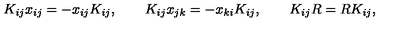
K _ { i j } x _ { i j } = - x _ { i j } K _ { i j } , \qquad K _ { i j } x _ { j k } = - x _ { k i } K _ { i j } , \qquad K _ { i j } R = R K _ { i j } ,